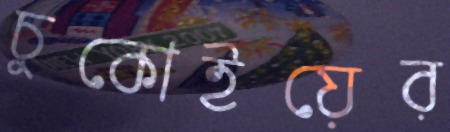
চুকোইয়ের